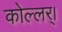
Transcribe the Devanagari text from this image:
कोल्लर्।